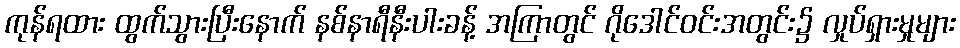
ကုန်ရထား ထွက်သွားပြီးနောက် နစ်နာရီနီးပါးခန့် အကြာတွင် ဂိုဒေါင်ဝင်းအတွင်း၌ လှုပ်ရှားမှုများ